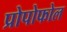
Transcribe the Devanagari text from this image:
प्रोपोफोल